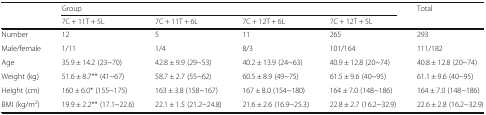
| <ROWSPAN=2>  | <COLSPAN=4> Group | <ROWSPAN=2> Total |
 | 7C + 11T + 5L | 7C + 11T + 6L | 7C + 12T + 6L | 7C + 12T + 5L |
 | --- | --- | --- | --- | --- | --- |
 | Number | 12 | 5 | 11 | 265 | 293 |
 | Male/female | 1/11 | 1/4 | 8/3 | 101/164 | 111/182 |
 | Age | 35.9 ± 14.2 (23~70) | 42.8 ± 9.9 (29~53) | 40.2 ± 13.9 (24~63) | 40.9 ± 12.8 (20~74) | 40.8 ± 12.8 (20~74) |
 | Weight (kg) | 51.6 ± 8.7** (41~67) | 58.7 ± 2.7 (55~62) | 60.5 ± 8.9 (49~75) | 61.5 ± 9.6 (40~95) | 61.1 ± 9.6 (40~95) |
 | Height (cm) | 160 ± 6.0* (155~175) | 163 ± 3.8 (158~167) | 167 ± 8.0 (154~180) | 164 ± 7.0 (148~186) | 164 ± 7.0 (148~186) |
 | BMI (kg/m2) | 19.9 ± 2.2** (17.1~22.6) | 22.1 ± 1.5 (21.2~24.8) | 21.6 ± 2.6 (16.9~25.3) | 22.8 ± 2.7 (16.2~32.9) | 22.6 ± 2.8 (16.2~32.9) |